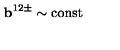
{ \bf b } ^ { 1 2 \pm } \sim \mathrm { c o n s t }